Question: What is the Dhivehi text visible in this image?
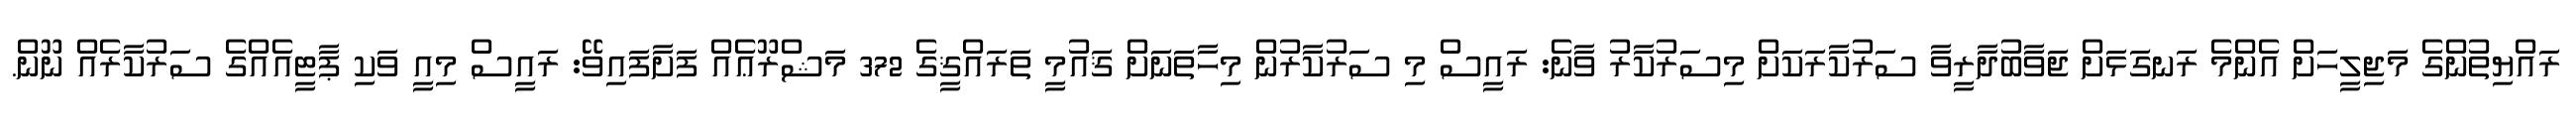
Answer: ރައްޔިތުންގެ މަޖިލީހަށް އެންމެ ރަނގަޅަށް ޖަވާބުދާރީވާ ސަރުކާރަކަށް މިސަރުކާރު ވާނެ: ރައީސް މި ސަރުކާރުން މިހާތަނަށް ޤައުމީ ތަރައްޤީގެ 372 މަޝްރޫޢެއް ފަށާފައިވޭ: ރައީސް މިއީ ވަކި ޕާޓީއެއްގެ ސަރުކާރެއް ނޫން.